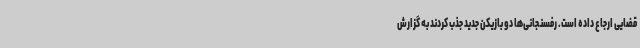
قضایی ارجاع داده است. رفسنجانی‌ها دو بازیکن جدید جذب کردند به گزارش